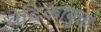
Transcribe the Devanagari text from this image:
वेदिकायुक्त